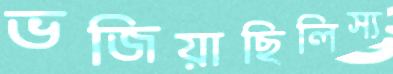
ভজিয়াছিলিস্য